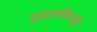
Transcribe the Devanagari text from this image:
जुळवणीपासून